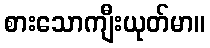
စားသောကျီးယုတ်မာ။